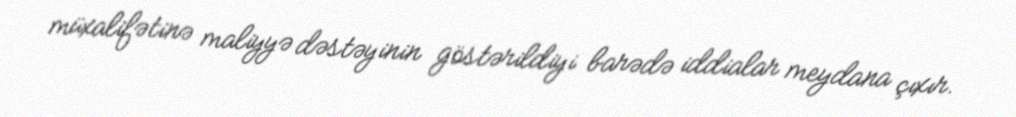
müxalifətinə maliyyə dəstəyinin göstərildiyi barədə iddialar meydana çıxır.